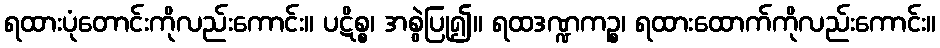
ရထားပုံတောင်းကိုလည်းကောင်း။ ပဋိစ္စ၊ အစွဲပြု၍။ ရထဒဏ္ဍကဉ္စ၊ ရထားထောက်ကိုလည်းကောင်း။